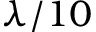
\lambda / 1 0